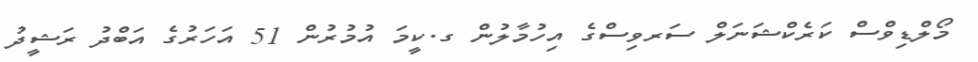
މޯލްޑިވްސް ކަރެކްޝަނަލް ސަރވިސްގެ އިހުމާލުން ގ.ކީމަ އުމުރުން 51 އަހަރުގެ އަބްދު ރަޝީދު